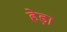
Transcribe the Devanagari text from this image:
हेड़ा